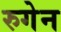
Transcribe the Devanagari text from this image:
रुगेन